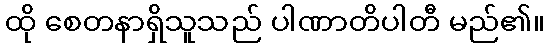
ထို စေတနာရှိသူသည် ပါဏာတိပါတီ မည်၏။